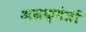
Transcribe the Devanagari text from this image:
अग्रक्षेत्रों